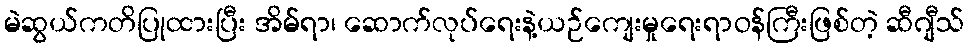
မဲဆွယ်ကတိပြုထားပြီး အိမ်ရာ၊ ဆောက်လုပ်ရေးနဲ့ယဉ်ကျေးမှုရေးရာဝန်ကြီးဖြစ်တဲ့ ဆီဂျီသ်